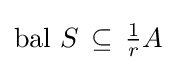
\operatorname {bal} \,S\,\subseteq \,{\tfrac {1}{r}}A